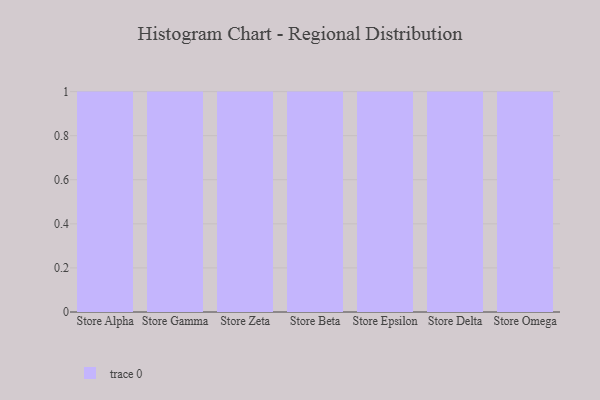
{"axis": {"x": "Store", "y": "Active Users"}, "legend": [""], "data": [{"x": "Store Alpha", "y": 77, "type": ""}, {"x": "Store Gamma", "y": 57, "type": ""}, {"x": "Store Zeta", "y": 67, "type": ""}, {"x": "Store Beta", "y": 26, "type": ""}, {"x": "Store Epsilon", "y": 24, "type": ""}, {"x": "Store Delta", "y": 65, "type": ""}, {"x": "Store Omega", "y": 32, "type": ""}]}